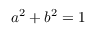
a ^ { 2 } + b ^ { 2 } = 1